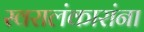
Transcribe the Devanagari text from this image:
स्वरालंकारांना